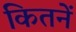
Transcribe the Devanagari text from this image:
कितनें